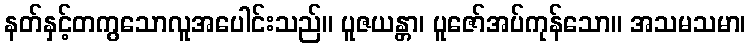
နတ်နှင့်တကွသောလူအပေါင်းသည်။ ပူဇယန္တာ၊ ပူဇော်အပ်ကုန်သော။ အသမသမာ၊